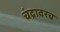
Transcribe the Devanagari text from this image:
चंद्रावरच